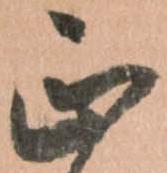
正